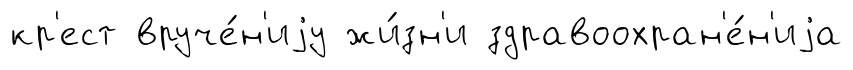
кр'ест вруче́н'иjу жи́зн'и здравоохран'е́н'иjа